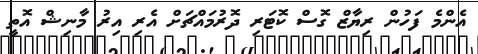
އެންމެ ފަހުން ރިޔާޒް ގޮސް ކޮޓަރި ދޮރުމައްޗަށް އެރި އިރު މާނިޝް އޮތީ